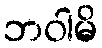
ဘဝါမိ